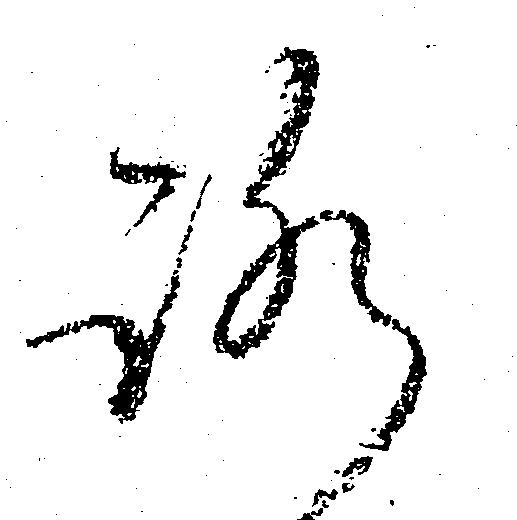
ろ